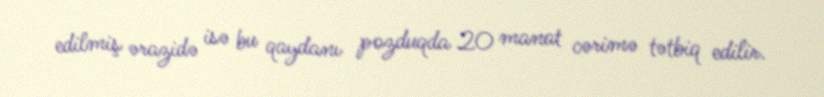
edilmiş ərazidə isə bu qaydanı pozduqda 20 manat cərimə tətbiq edilir.